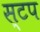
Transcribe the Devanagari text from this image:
स्टप